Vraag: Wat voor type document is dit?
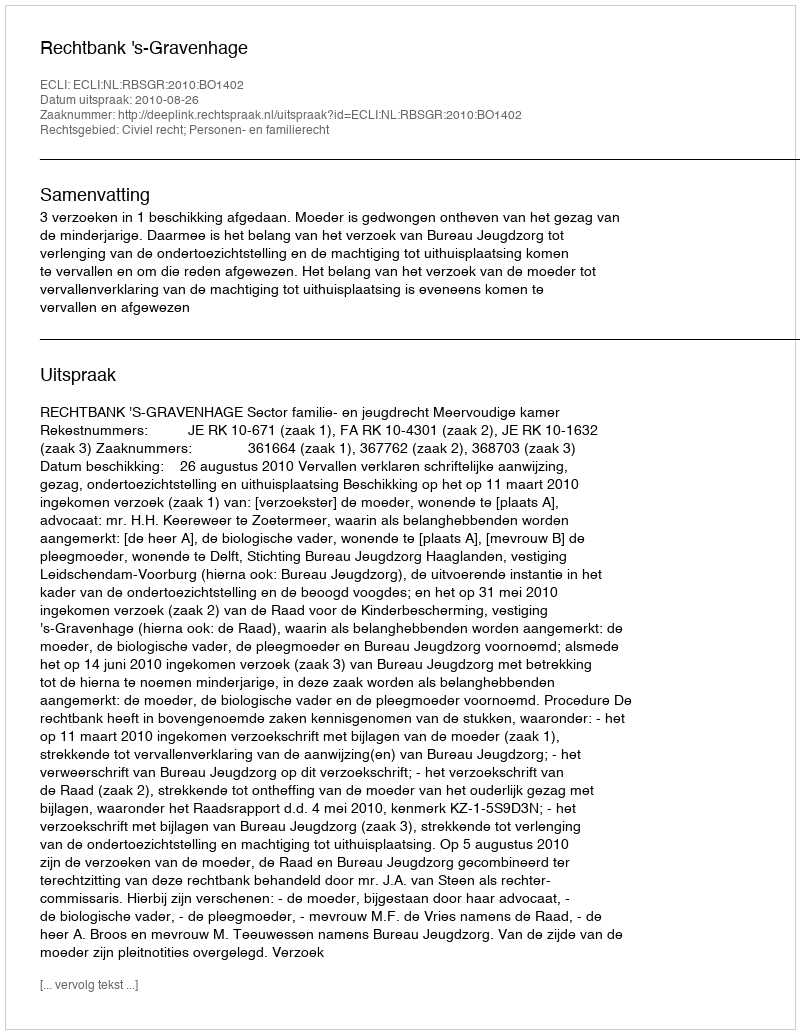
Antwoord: Uitspraak